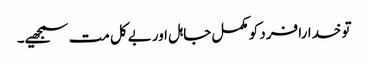
تو خدارا فرد کو مکمل جاہل اور بےکل مت سمجھیے۔